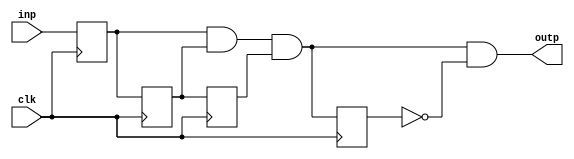
module debounce(

input wire inp,
input wire clk,
output wire outp

);

reg delay1;
reg delay2;
reg delay3;
reg delay4;

initial begin
   delay1 <= 0;
   delay2 <= 0;
   delay3 <= 0;
   delay4 <= 0;
end

always @(posedge clk)
begin

   delay1 <= inp;
   delay2 <= delay1;
   delay3 <= delay2;
   delay4 <= delay1 & delay2 & delay3;
   
end

assign outp = delay1 & delay2 & delay3 & ~delay4;

endmodule